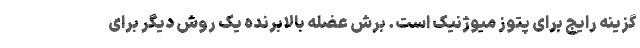
گزینه رایج برای پتوز میوژنیک است. برش عضله بالابرنده یک روش دیگر برای